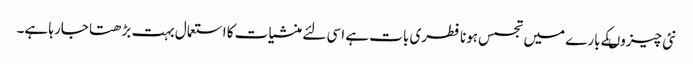
نئی چیزوںکے بارے میں تجسس ہونا فطری بات ہے اسی لئے منشیات کا استعمال بہت بڑھتا جارہا ہے۔